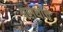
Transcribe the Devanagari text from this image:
परार्थाचे